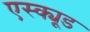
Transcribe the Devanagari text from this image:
एस्क्यूड